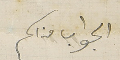
الجواب مناكم